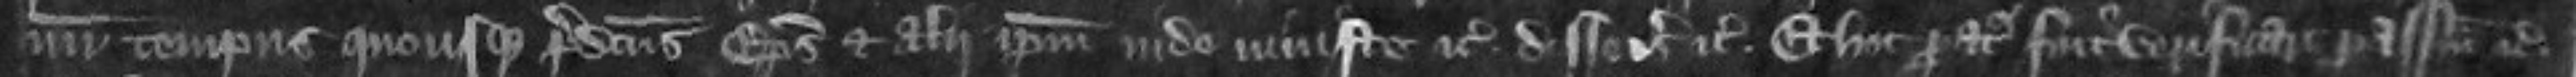
num tempus quousque predictus episcopus et alii ipsum inde injuste etc disseisiverunt etc Et hoc paratus fuit verificare per assisam etc